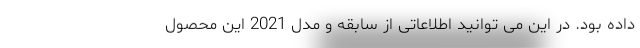
داده بود. در این می توانید اطلاعاتی از سابقه و مدل 2021 این محصول